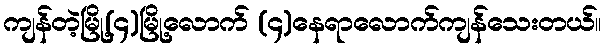
ကျန်တဲ့မြို့(၄)မြို့လောက် (၄)နေရာလောက်ကျန်သေးတယ်။